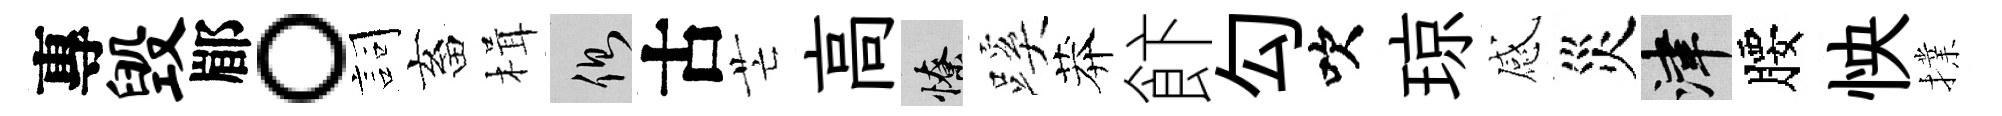
專毁郿。詞畜楫側古芒高憭蹊莽飰勾吹琼感災津腰怏擈